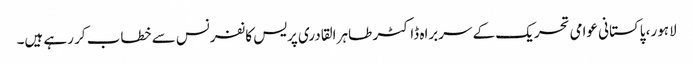
لاہور، پاکستانی عوامی تحریک کے سربراہ ڈاکٹر طاہر القادری پریس کانفرنس سے خطاب کر رہے ہیں۔